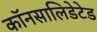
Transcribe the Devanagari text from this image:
कॉनसालिडेटेड